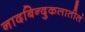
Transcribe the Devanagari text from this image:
नादबिन्दुकलातीतं